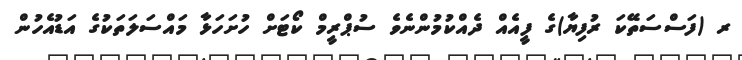
ރ (ފަސްސަތޭކަ ރުފިޔާ)ގެ ފީއެއް ދެއްކުމުންނެވެ ސުޕްރީމް ކޯޓަށް ހުށަހަޅާ މައްސަލަތަކުގެ އަޑުއެހުން